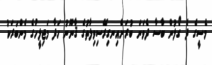
މެސީގެ ދެ ގޯލުން ބާސާ ދެވަނަ ބުރަށްއިނގިރޭސިވިލާތުގެ ޤާނޫނު ހަދާ މަޖިލީހުގެ މެންބަރަކު